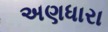
અણધારા